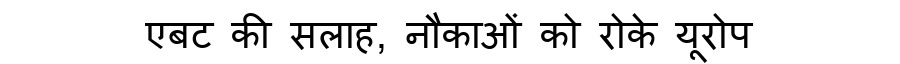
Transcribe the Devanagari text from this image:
एबट की सलाह, नौकाओं को रोके यूरोप